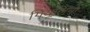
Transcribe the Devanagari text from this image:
गियूलिनो